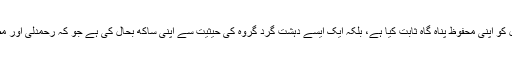
جبکہ دوسری طرف نصرہ فرنٹ نے نہ صرف لبنانی علاقے ارسل کو اپنی محفوظ پناہ گاہ ثابت کیا ہے، بلکہ ایک ایسے دہشت گرد گروہ کی حیثیت سے اپنی ساکھ بحال کی ہے جو کہ رحمدلی اور مصالحت کے جذبات بھی رکھتا ہے، جو داعش میں بالکل بھی نہیں۔